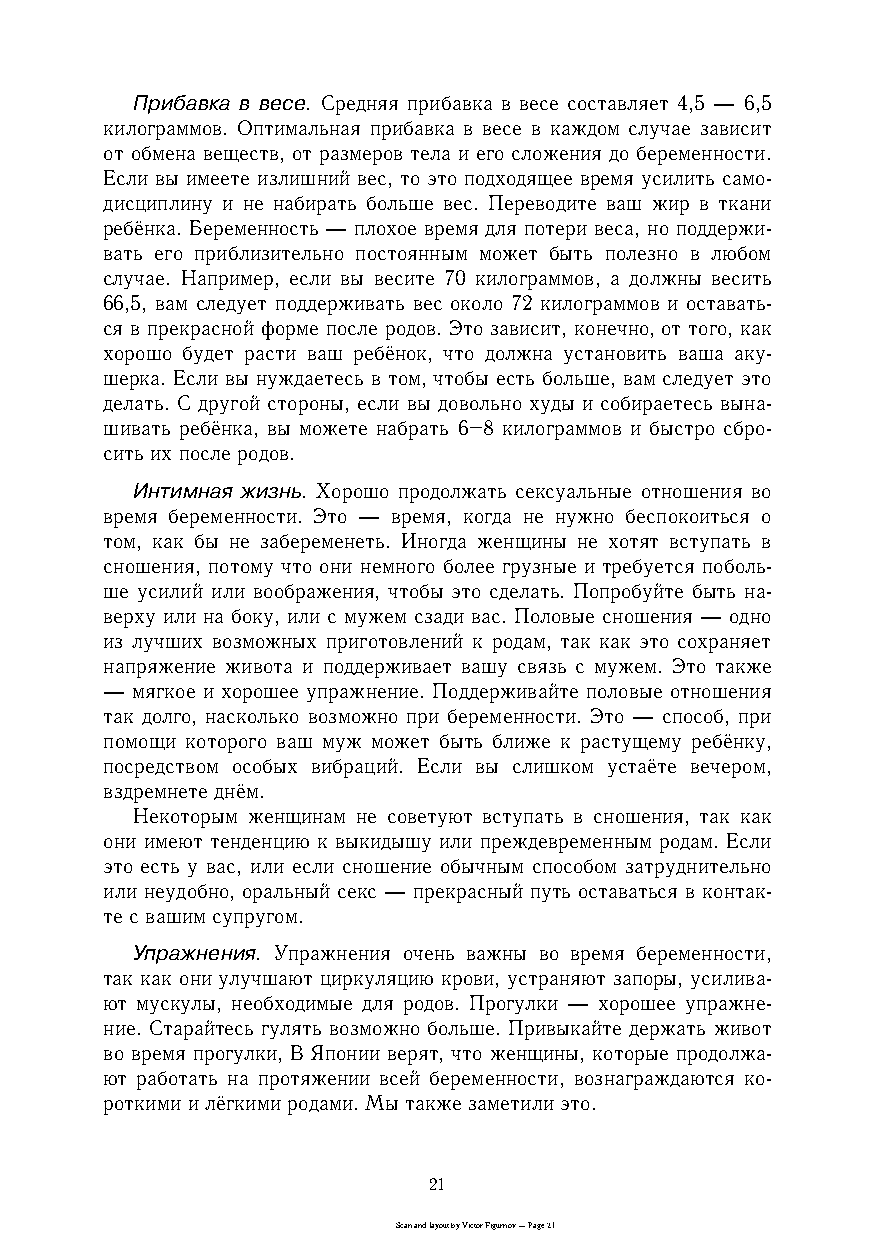
Прибавка в весе. Средняя прибавка в весе составляет 4,5 — 6,5
 килограммов. Оптимальная прибавка в весе в каждом случае зависит
 от обмена веществ, от размеров тела и его сложения до беременности.
 Если вы имеете излишний вес, то это подходящее время усилить самоc
 дисциплину и не набирать больше вес. Переводите ваш жир в ткани
 ребёнка. Беременность — плохое время для потери веса, но поддержиc
 вать его приблизительно постоянным может быть полезно в любом
 случае. Например, если вы весите 70 килограммов, а должны весить
 66,5, вам следует поддерживать вес около 72 килограммов и оставатьc
 ся в прекрасной форме после родов. Это зависит, конечно, от того, как
 хорошо будет расти ваш ребёнок, что должна установить ваша акуc
 шерка. Если вы нуждаетесь в том, чтобы есть больше, вам следует это
 делать. С другой стороны, если вы довольно худы и собираетесь вынаc
 шивать ребёнка, вы можете набрать 6–8 килограммов и быстро сброc
 сить их после родов.
 Интимная жизнь. Хорошо продолжать сексуальные отношения во
 время беременности. Это — время, когда не нужно беспокоиться о
 том, как бы не забеременеть. Иногда женщины не хотят вступать в
 сношения, потому что они немного более грузные и требуется побольc
 ше усилий или воображения, чтобы это сделать. Попробуйте быть наc
 верху или на боку, или с мужем сзади вас. Половые сношения — одно
 из лучших возможных приготовлений к родам, так как это сохраняет
 напряжение живота и поддерживает вашу связь с мужем. Это также
 — мягкое и хорошее упражнение. Поддерживайте половые отношения
 так долго, насколько возможно при беременности. Это — способ, при
 помощи которого ваш муж может быть ближе к растущему ребёнку,
 посредством особых вибраций. Если вы слишком устаёте вечером,
 вздремнете днём.
 Некоторым женщинам не советуют вступать в сношения, так как
 они имеют тенденцию к выкидышу или преждевременным родам. Если
 это есть у вас, или если сношение обычным способом затруднительно
 или неудобно, оральный секс — прекрасный путь оставаться в контакc
 те с вашим супругом.
 Упражнения. Упражнения очень важны во время беременности,
 так как они улучшают циркуляцию крови, устраняют запоры, усиливаc
 ют мускулы, необходимые для родов. Прогулки — хорошее упражнеc
 ние. Старайтесь гулять возможно больше. Привыкайте держать живот
 во время прогулки, В Японии верят, что женщины, которые продолжаc
 ют работать на протяжении всей беременности, вознаграждаются коc
 роткими и лёгкими родами. Мы также заметили это.
 21
 Scan and layout by Victor Figurnov — Page 21